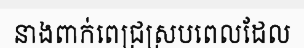
នាងពាក់ពេជ្រស្របពេលដែល